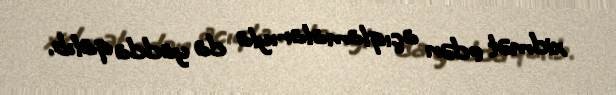
xidmət edən açıqlamalarıyla da yadda qalıb.